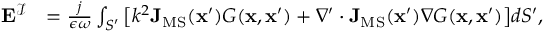
\begin{array} { r l } { \mathbf { E } ^ { \mathcal { I } } } & { = \frac { j } { \epsilon \omega } \int _ { S ^ { \prime } } \big [ k ^ { 2 } \mathbf { J } _ { \mathrm { M S } } ( \mathbf { x } ^ { \prime } ) G ( \mathbf { x } , \mathbf { x } ^ { \prime } ) + \nabla ^ { \prime } \cdot \mathbf { J } _ { \mathrm { M S } } ( \mathbf { x } ^ { \prime } ) \nabla G ( \mathbf { x } , \mathbf { x } ^ { \prime } ) \big ] d S ^ { \prime } , } \end{array}